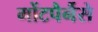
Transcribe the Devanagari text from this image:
मोंटपैर्नैसे